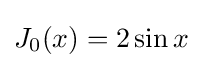
J_{0}(x)=2\sin x